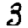
Digit: 3